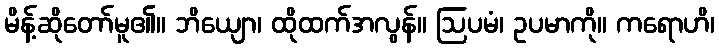
မိန့်ဆိုတော်မူ၏။ ဘိယျော၊ ထိုထက်အလွန်။ ဩပမံ၊ ဥပမာကို။ ကရောဟိ၊